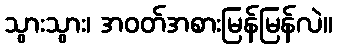
သွားသွား၊ အဝတ်အစားမြန်မြန်လဲ။